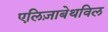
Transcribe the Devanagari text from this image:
एलिज़ाबेथविल